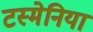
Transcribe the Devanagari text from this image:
टस्मेनिया